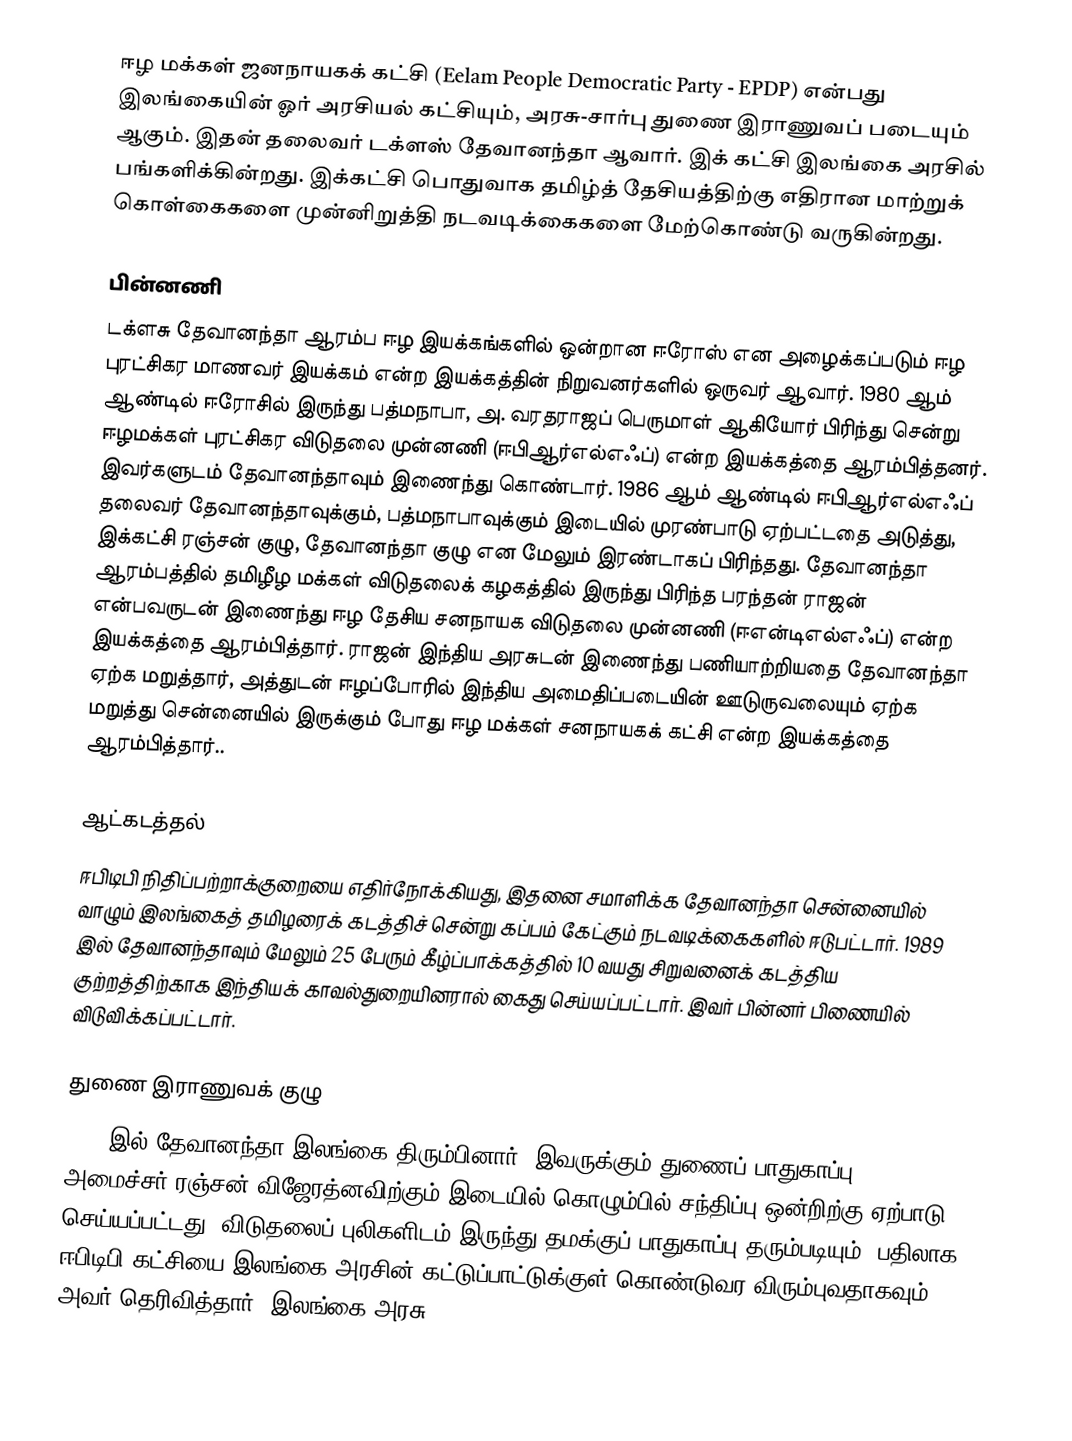
ஈழ மக்கள் ஜனநாயகக் கட்சி (Eelam People Democratic Party - EPDP) என்பது இலங்கையின் ஓர் அரசியல் கட்சியும், அரசு-சார்பு துணை இராணுவப் படையும் ஆகும். இதன் தலைவர் டக்ளஸ் தேவானந்தா ஆவார். இக் கட்சி இலங்கை அரசில் பங்களிக்கின்றது. இக்கட்சி பொதுவாக தமிழ்த் தேசியத்திற்கு எதிரான மாற்றுக் கொள்கைகளை முன்னிறுத்தி நடவடிக்கைகளை மேற்கொண்டு வருகின்றது.

பின்னணி
டக்ளசு தேவானந்தா ஆரம்ப ஈழ இயக்கங்களில் ஒன்றான ஈரோஸ் என அழைக்கப்படும் ஈழ புரட்சிகர மாணவர் இயக்கம் என்ற இயக்கத்தின் நிறுவனர்களில் ஒருவர் ஆவார். 1980 ஆம் ஆண்டில் ஈரோசில் இருந்து பத்மநாபா, அ. வரதராஜப் பெருமாள் ஆகியோர் பிரிந்து சென்று ஈழமக்கள் புரட்சிகர விடுதலை முன்னணி (ஈபிஆர்எல்எஃப்) என்ற இயக்கத்தை ஆரம்பித்தனர். இவர்களுடம் தேவானந்தாவும் இணைந்து கொண்டார். 1986 ஆம் ஆண்டில் ஈபிஆர்எல்எஃப் தலைவர் தேவானந்தாவுக்கும், பத்மநாபாவுக்கும் இடையில் முரண்பாடு ஏற்பட்டதை அடுத்து, இக்கட்சி ரஞ்சன் குழு, தேவானந்தா குழு என மேலும் இரண்டாகப் பிரிந்தது. தேவானந்தா ஆரம்பத்தில் தமிழீழ மக்கள் விடுதலைக் கழகத்தில் இருந்து பிரிந்த பரந்தன் ராஜன் என்பவருடன் இணைந்து ஈழ தேசிய சனநாயக விடுதலை முன்னணி (ஈஎன்டிஎல்எஃப்) என்ற இயக்கத்தை ஆரம்பித்தார். ராஜன் இந்திய அரசுடன் இணைந்து பணியாற்றியதை தேவானந்தா ஏற்க மறுத்தார், அத்துடன் ஈழப்போரில் இந்திய அமைதிப்படையின் ஊடுருவலையும் ஏற்க மறுத்து சென்னையில் இருக்கும் போது ஈழ மக்கள் சனநாயகக் கட்சி என்ற இயக்கத்தை ஆரம்பித்தார்..

ஆட்கடத்தல்
ஈபிடிபி நிதிப்பற்றாக்குறையை எதிர்நோக்கியது, இதனை சமாளிக்க தேவானந்தா சென்னையில் வாழும் இலங்கைத் தமிழரைக் கடத்திச் சென்று கப்பம் கேட்கும் நடவடிக்கைகளில் ஈடுபட்டார். 1989 இல் தேவானந்தாவும் மேலும் 25 பேரும் கீழ்ப்பாக்கத்தில் 10 வயது சிறுவனைக் கடத்திய குற்றத்திற்காக இந்தியக் காவல்துறையினரால் கைது செய்யப்பட்டார். இவர் பின்னர் பிணையில் விடுவிக்கப்பட்டார்.

துணை இராணுவக் குழு
1990 இல் தேவானந்தா இலங்கை திரும்பினார். இவருக்கும் துணைப் பாதுகாப்பு அமைச்சர் ரஞ்சன் விஜேரத்னவிற்கும் இடையில் கொழும்பில் சந்திப்பு ஒன்றிற்கு ஏற்பாடு செய்யப்பட்டது. விடுதலைப் புலிகளிடம் இருந்து தமக்குப் பாதுகாப்பு தரும்படியும், பதிலாக ஈபிடிபி கட்சியை இலங்கை அரசின் கட்டுப்பாட்டுக்குள் கொண்டுவர விரும்புவதாகவும் அவர் தெரிவித்தார். இலங்கை அரசு